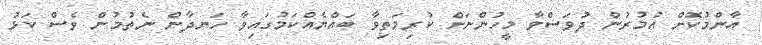
އާންމުކޮށް އުމުރުން ދުވަސްވާ މީހުންނަށް ކުރިމަތިވާ ބައްޔެއްކަމުގައިވާ ހަނދާން ނެތުމުން ވެސް ކަޅު